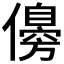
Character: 𠐈